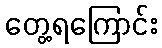
တွေ့ရကြောင်း